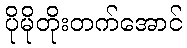
ပိုမိုတိုးတက်အောင်